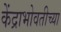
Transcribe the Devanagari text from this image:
केंद्राभोवतीच्या